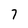
Character: 7